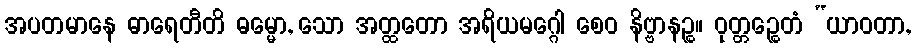
အပတမာနေ ဓာရေတီတိ ဓမ္မော, သော အတ္ထတော အရိယမဂ္ဂေါ စေဝ နိဗ္ဗာနဉ္စ။ ဝုတ္တဉ္စေတံ “ယာဝတာ,